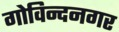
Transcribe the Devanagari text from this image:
गोविन्‍दनगर